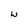
Character: u